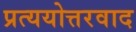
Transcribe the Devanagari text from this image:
प्रत्ययोत्तरवाद